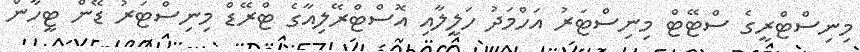
މިނިސްޓްރީގެ ސްޓޭޓް މިނިސްޓަރު އަހްމަދު ހަލީލާއި އޮސްޓްރޭލިއާގެ ޓްރޭޑް މިނިސްޓަރު ޑޭން ޓީހާން